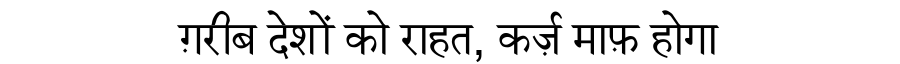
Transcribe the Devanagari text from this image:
ग़रीब देशों को राहत, कर्ज़ माफ़ होगा